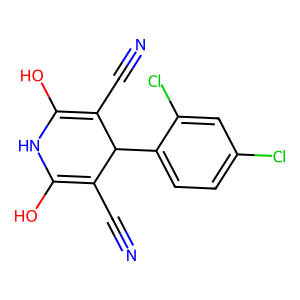
SMILES: N#CC1=C(O)NC(O)=C(C#N)C1c1ccc(Cl)cc1Cl
Inhibits HIV replication: No